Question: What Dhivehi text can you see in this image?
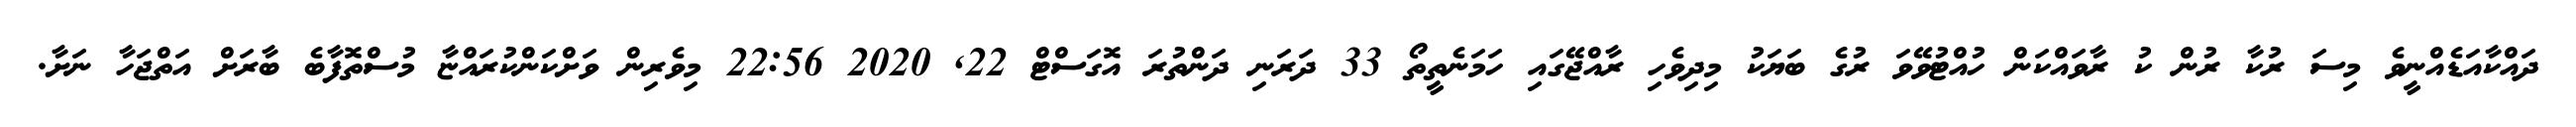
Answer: ދައްކާއަޑެއްނީވެ މިސަ ރުކާ ރުން ކު ރާވައްކަން ހުއްޓުވޭވަ ރުގެ ބަޔަކު މިދިވެހި ރާއްޖޭގައި ހަމަނެތީތޯ 33 ދަރަނި ދަންތުރަ އޮގަސްޓް 22, 2020 22:56 މިވެރިން ވަށްކަންކުރައްޏާ މުސްތޮފާބެ ބާރަށް އަތްޖަހާ ނަށާ.